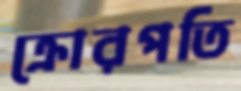
ক্রোরপতি